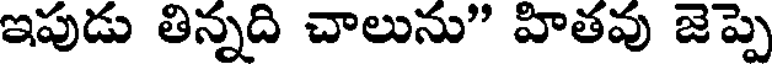
ఇపుడు తిన్నది చాలును" హితవు జెప్పె